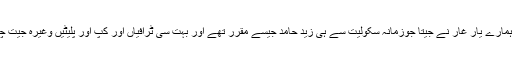
یہ مباحثہ ہمارے یار غار نے جیتا جوزمانہ سکولیت سے ہی زید حامد جیسے مقرّر تھے اور بہت سی ٹرافیاں اور کپ اور پلیٹیں وغیرہ جیت چکے تھے۔